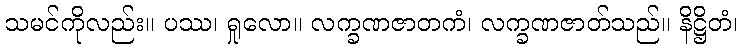
သမင်ကိုလည်း။ ပဿ၊ ရှုလော။ လက္ခဏဇာတကံ၊ လက္ခဏဇာတ်သည်။ နိဋ္ဌိတံ၊